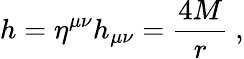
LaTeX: h=\eta^{\mu\nu}h_{\mu\nu}=\frac{4M}{r}\ ,